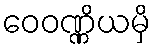
ဝေဝဏ္ဏိယမှိ